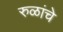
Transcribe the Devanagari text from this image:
रुळांचे